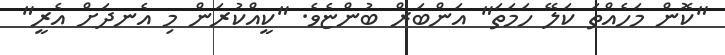
"ކޮން މަހެއްތަ ކަލޭ ހަމަތަ" އަންބަރް ބުންޏެވެ. "ކީއްކުރަން މި އެނދަށް އެރީ"